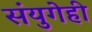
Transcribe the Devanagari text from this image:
संयुगेही